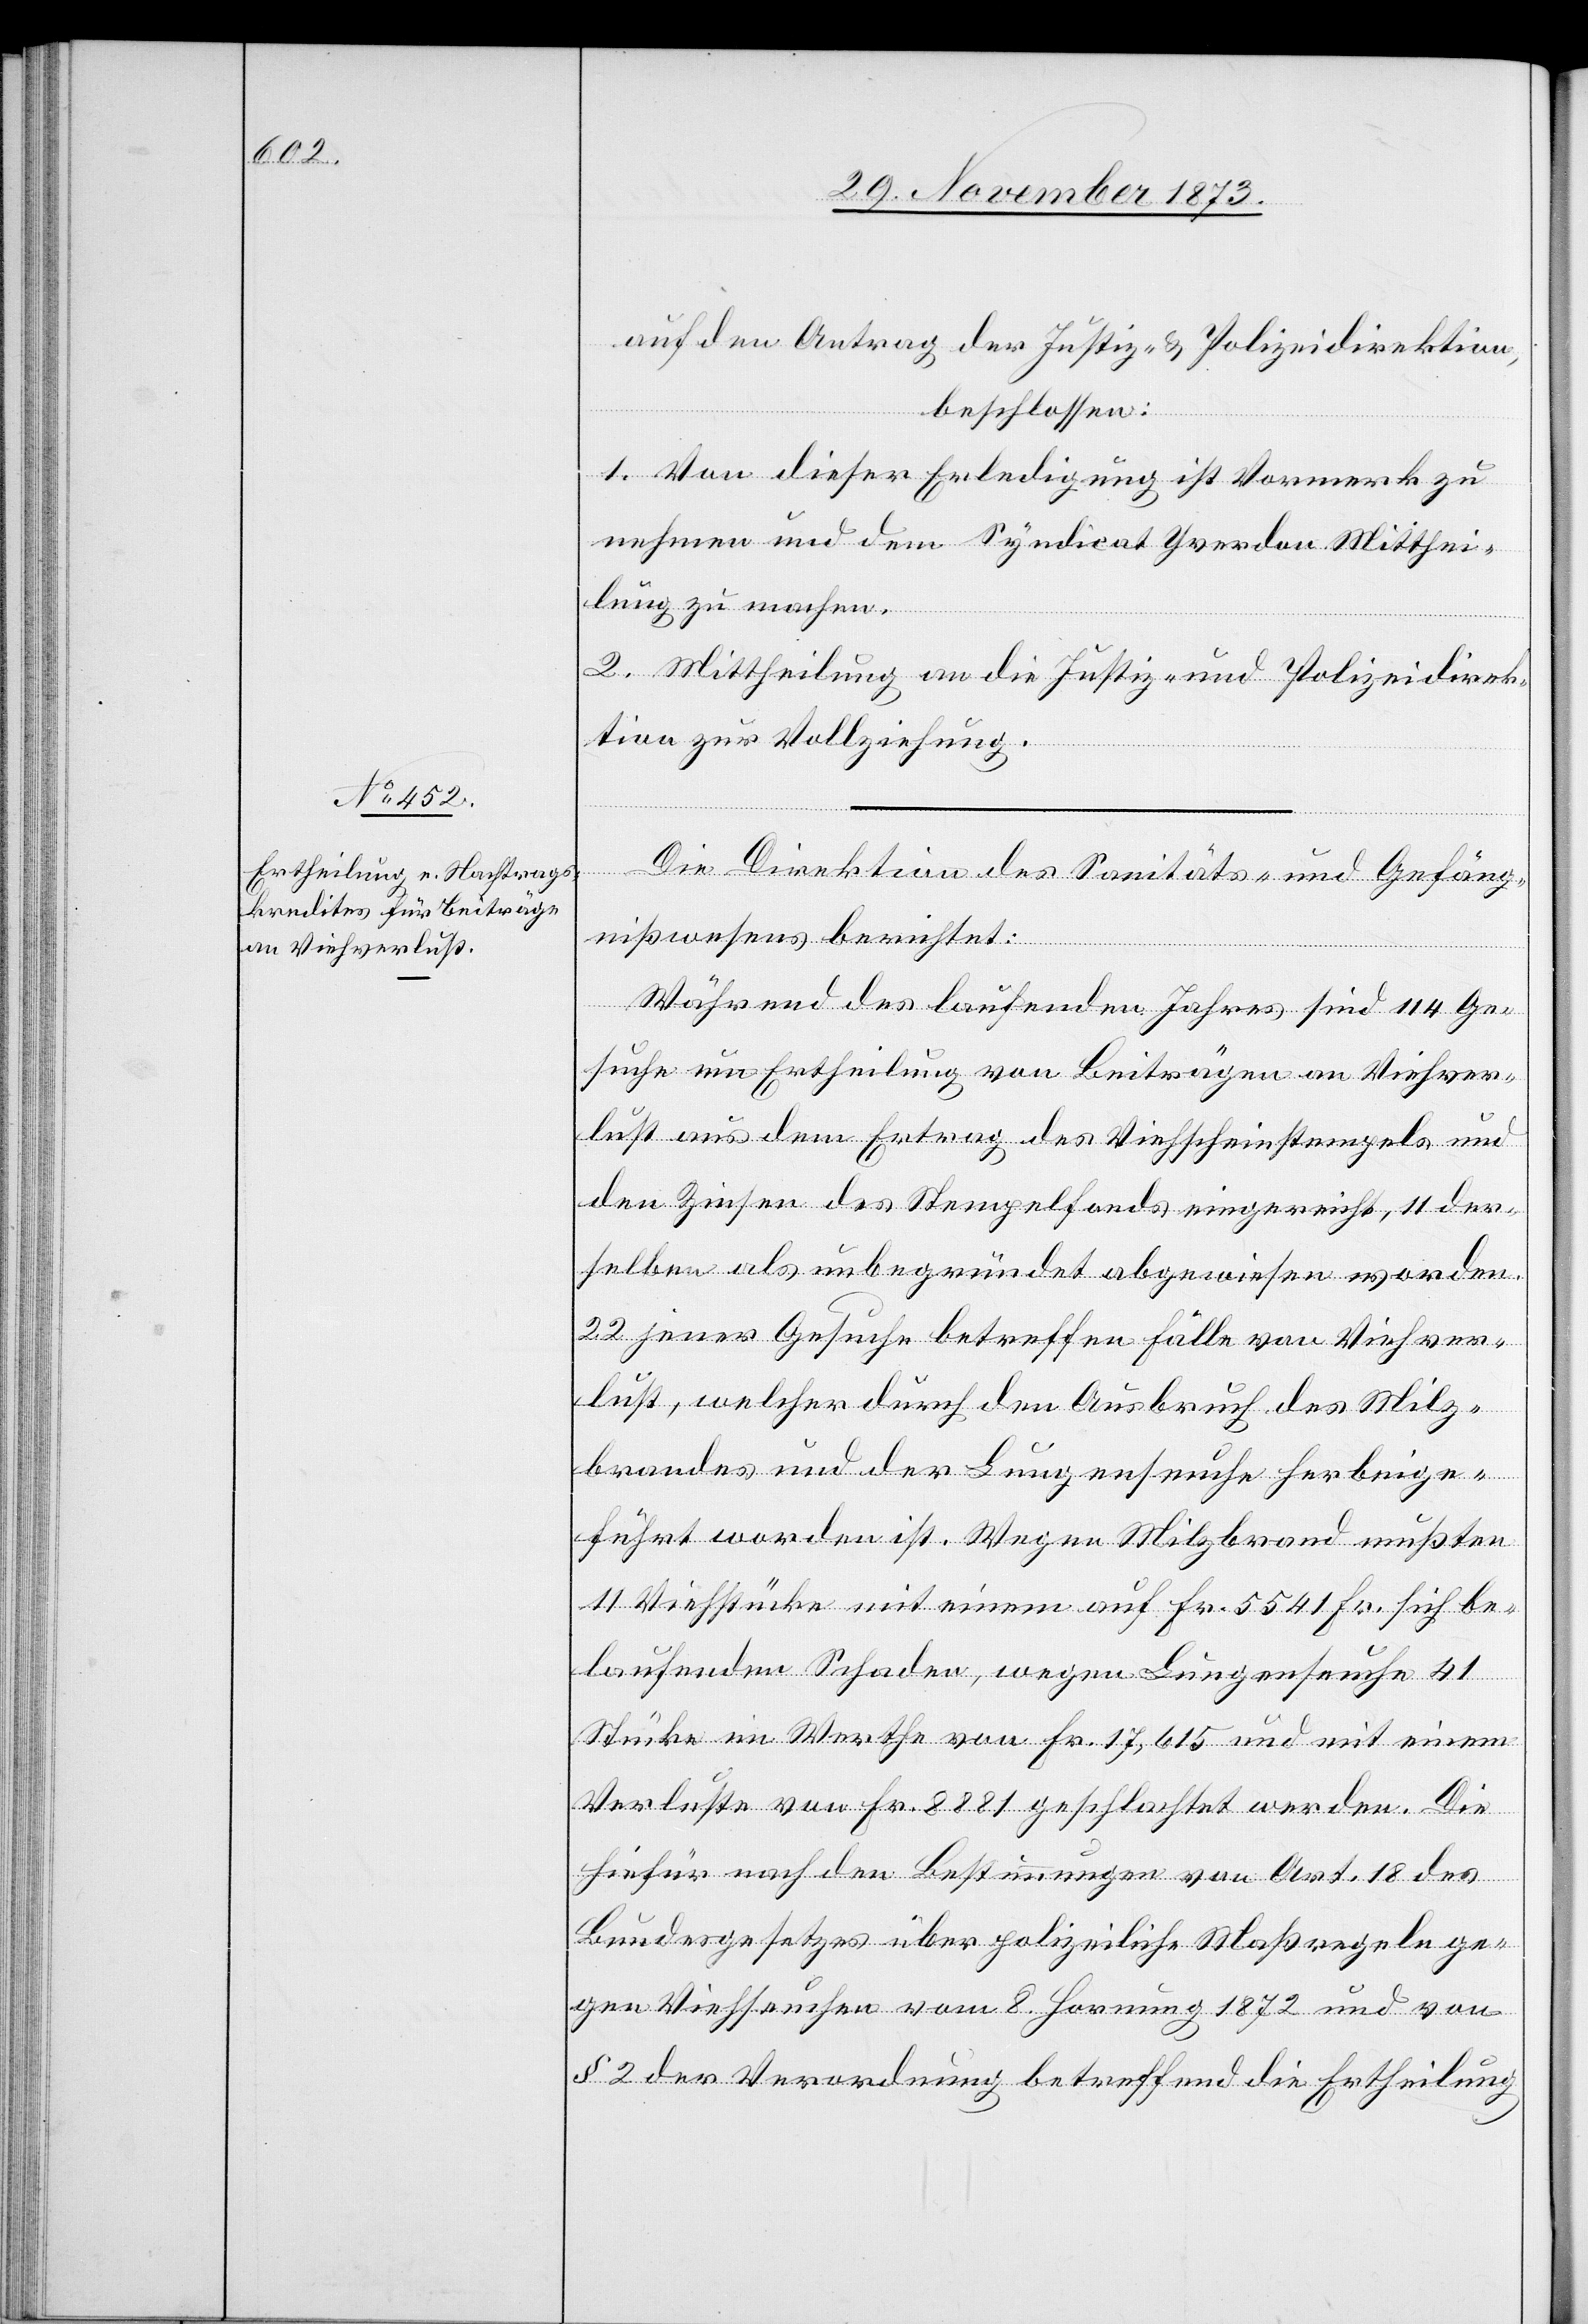
auf den Antrag der Justiz- & Polizeidirektion,
beschlossen:
1. Von dieser Erledigung ist Vormerk zu
nehmen und dem Syndicat Yverdon Mitthei¬
lung zu machen.
2. Mittheilung an die Justiz- und Polizeidirek¬
tion zur Vollziehung.
Die Direktion des Sanitäts- und Gefäng¬
nißwesens berichtet:
Während des laufenden Jahres sind 114 Ge¬
suche um Ertheilung von Beiträgen an Viehver¬
lust aus dem Ertrag des Viehscheinstempels und
den Zinsen des Stempelfonds eingereicht, 11 der¬
selben als unbegründet abgewiesen worden.
22 jener Gesuche betreffen Fälle von Viehver¬
lust, welcher durch den Ausbruch des Milz¬
brandes und der Lungenseuche herbeige¬
führt worden ist. Wegen Milzbrand mußten
11 Viehstücke mit einem auf Fr. 5 541 Fr. sich be¬
laufenden Schaden, wegen Lungenseuche 41
Stücke im Werthe von Fr. 17,615 und mit einem
Verluste von Fr. 8 881 geschlachtet werden. Die
hiefür nach den Bestimmungen von Art. 18 des
Bundesgesetzes über polizeiliche Maßregeln ge¬
gen Viehseuchen vom 8. Hornung 1872 und von
§ 2 der Verordnung betreffend die Ertheilung